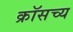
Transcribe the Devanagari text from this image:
क्रॉसच्य